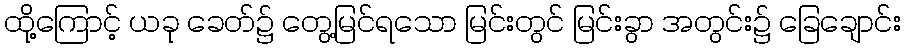
ထို့ကြောင့် ယခု ခေတ်၌ တွေ့မြင်ရသော မြင်းတွင် မြင်းခွာ အတွင်း၌ ခြေချောင်း